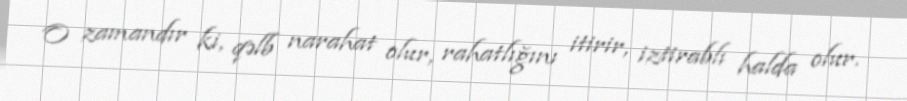
O zamandır ki, qəlb narahat olur, rahatlığını itirir, iztirablı halda olur.